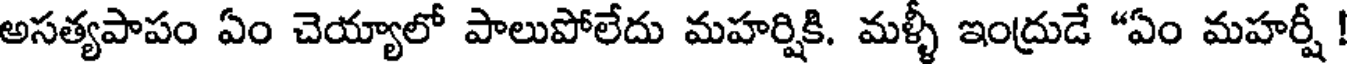
అసత్యపాపం ఏం చెయ్యాలో పాలుపోలేదు మహర్షికి. మళ్ళీ ఇంద్రుడే "ఏం మహర్షీ !